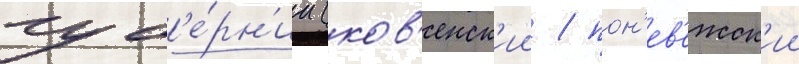
губ'е́рн'ии (ков'енск'ии / пон'ев'ежск'ии